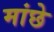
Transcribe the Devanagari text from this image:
मांछे